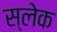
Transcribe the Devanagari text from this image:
स्लेक